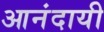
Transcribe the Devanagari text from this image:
आनंदायी